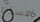
امسكنا